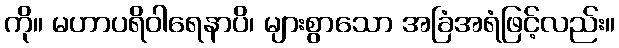
ကို။ မဟာပရိဝါရေနာပိ၊ များစွာသော အခြံအရံဖြင့်လည်း။